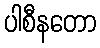
ပါစီနတော